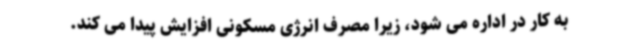
به کار در اداره می شود، زیرا مصرف انرژی مسکونی افزایش پیدا می کند.